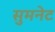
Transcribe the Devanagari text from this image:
सुमनेट